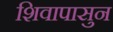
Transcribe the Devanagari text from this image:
शिवापासुन